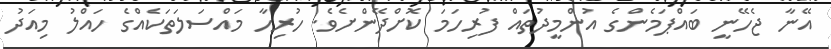
އޭނާ ޖެހޭނީ ބައްޕަމެންގެ އުންމީދުތައް ފުރިހަމަ ކޮށްދޭންށެވެ. ހުރިހާ މައްސަލަތަކެއްގެ ހައްލު މިއަދު